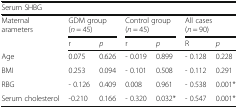
<table><thead><tr><td colspan="7"><b>Serum SHBG</b></td></tr><tr><td rowspan="2"><b>Maternal arameters</b></td><td colspan="2"><b>GDM group(<i>n</i> = 45)</b></td><td colspan="2"><b>Control group(<i>n</i> = 45)</b></td><td colspan="2"><b>All cases(<i>n</i> = 90)</b></td></tr><tr><td><b>r</b></td><td><b><i>p</i></b></td><td><b>r</b></td><td><b><i>p</i></b></td><td><b>R</b></td><td><b><i>p</i></b></td></tr></thead><tbody><tr><td>Age</td><td>0.075</td><td>0.626</td><td>- 0.019</td><td>0.899</td><td>- 0.128</td><td>0.228</td></tr><tr><td>BMI</td><td>0.253</td><td>0.094</td><td>- 0.101</td><td>0.508</td><td>- 0.112</td><td>0.291</td></tr><tr><td>RBG</td><td>- 0.126</td><td>0.409</td><td>0.008</td><td>0.961</td><td>- 0.538</td><td>0.001*</td></tr><tr><td>Serum cholesterol</td><td>-0.210</td><td>0.166</td><td>- 0.320</td><td>0.032*</td><td>- 0.547</td><td>0.001*</td></tr></tbody></table>